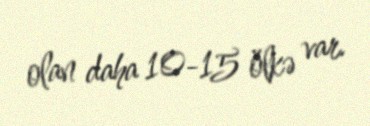
olan daha 10-15 ölkə var.